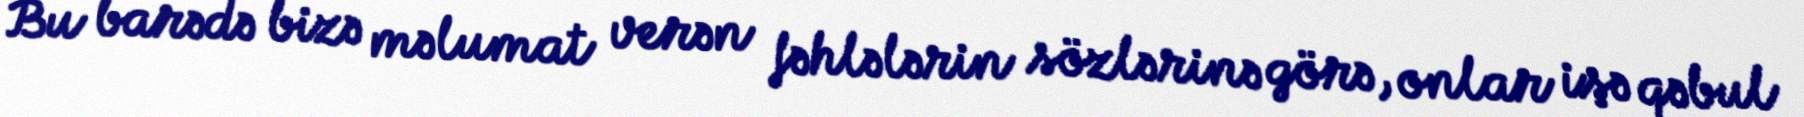
Bu barədə bizə məlumat verən fəhlələrin sözlərinə görə, onlar işə qəbul